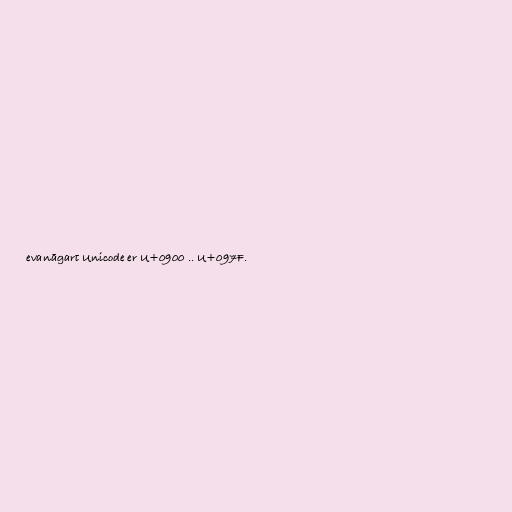
evanāgarī Unicode er U+0900 .. U+097F.